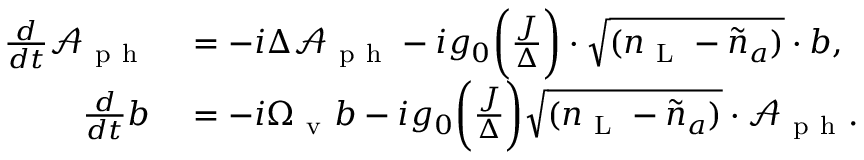
\begin{array} { r l } { \frac { d } { d t } \mathcal { A } _ { \mathrm { ~ p ~ h ~ } } } & { { } = - i \Delta \mathcal { A } _ { \mathrm { ~ p ~ h ~ } } - i g _ { 0 } \bigg ( \frac { J } { \Delta } \bigg ) \cdot \sqrt { ( { n } _ { \mathrm { ~ L ~ } } - \tilde { n } _ { a } ) } \cdot b , } \\ { \frac { d } { d t } b } & { { } = - i \Omega _ { \mathrm { ~ v ~ } } b - i g _ { 0 } \bigg ( \frac { J } { \Delta } \bigg ) \sqrt { ( { n } _ { \mathrm { ~ L ~ } } - \tilde { n } _ { a } ) } \cdot \mathcal { A } _ { \mathrm { ~ p ~ h ~ } } . } \end{array}